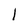
Character: l